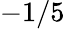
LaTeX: -1/5